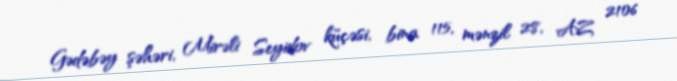
Gədəbəy şəhəri, Mirəli Seyidov küçəsi, bina 115, mənzil 28, AZ 2106